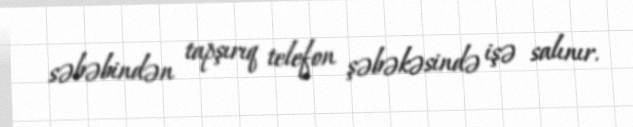
səbəbindən tapşırıq telefon şəbəkəsində işə salınır.